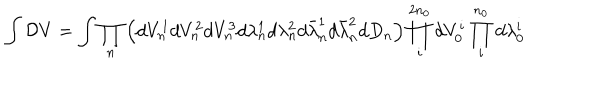
\int { \cal D } V = \int \prod _ { n } \left( d V _ { n } ^ { 1 } d V _ { n } ^ { 2 } d V _ { n } ^ { 3 } d \lambda _ { n } ^ { 1 } d \lambda _ { n } ^ { 2 } d \bar { \lambda } _ { n } ^ { 1 } d \bar { \lambda } _ { n } ^ { 2 } d D _ { n } \right) \prod _ { i } ^ { 2 n _ { 0 } } d V _ { 0 } ^ { i } \prod _ { i } ^ { n _ { 0 } } d \lambda _ { 0 } ^ { i }